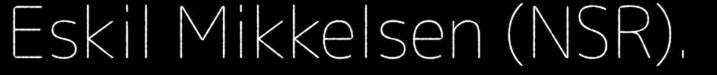
Eskil Mikkelsen (NSR).